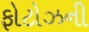
ફોટોઝની